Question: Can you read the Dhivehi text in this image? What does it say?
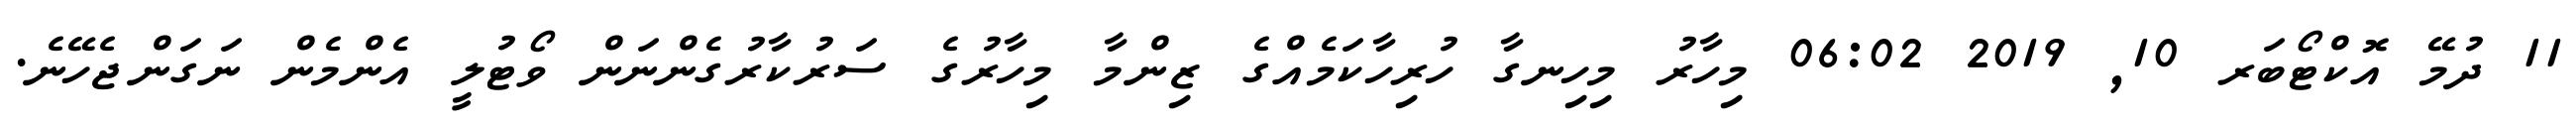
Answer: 11 ދުމޭ އޮކްޓޯބަރ 10, 2019 06:02 މިހާރު މިހިނގާ ހުރިހާކަމެއްގެ ޒިންމާ މިހާރުގެ ސަރުކާރުގެންނަން ވޯޓުލީ އެންމެން ނަގަންޖެހޭނެ.